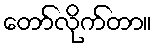
တော်လိုက်တာ။